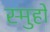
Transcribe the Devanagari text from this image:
स्मुहों